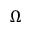
\Omega